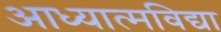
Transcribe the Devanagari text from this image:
आध्यात्मविद्या